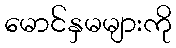
မောင်နှမများကို